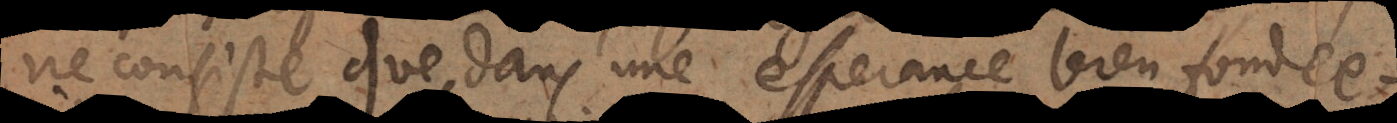
ne consiste que dans une esperance bien fondée,